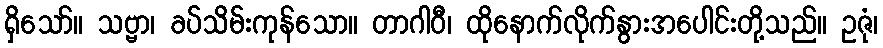
ရှိသော်။ သဗ္ဗာ၊ ခပ်သိမ်းကုန်သော။ တာဂါဝီ၊ ထိုနောက်လိုက်နွားအပေါင်းတို့သည်။ ဥဇုံ၊